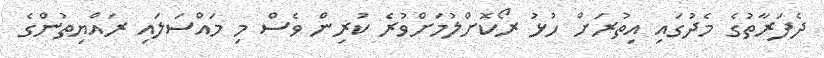
ދެފަރާތުގެ މެދުގައި އިތުރަށް ހުޅު ރޯކޮށްލުމަށްވުރެ ކުރިން ވެސް މި މައްސަލައި ރައްޔިތުންގެ